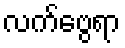
လက်ဗွေရာ